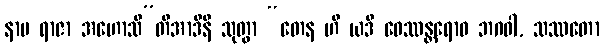
နာမ ရာဇာ အဟောသီ”တိအာဒီနိ သုတွာ “တေန ဟိ ယဒိ ဝေဿန္တရောဝ ဘဂဝါ, သဿတော